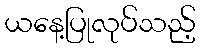
ယနေ့ပြုလုပ်သည့်